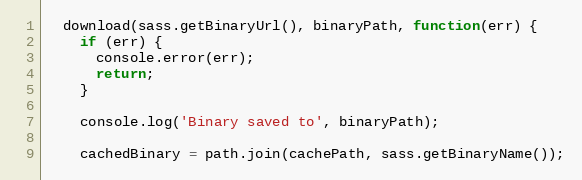
Language: JavaScript
  download(sass.getBinaryUrl(), binaryPath, function(err) {
    if (err) {
      console.error(err);
      return;
    }

    console.log('Binary saved to', binaryPath);

    cachedBinary = path.join(cachePath, sass.getBinaryName());